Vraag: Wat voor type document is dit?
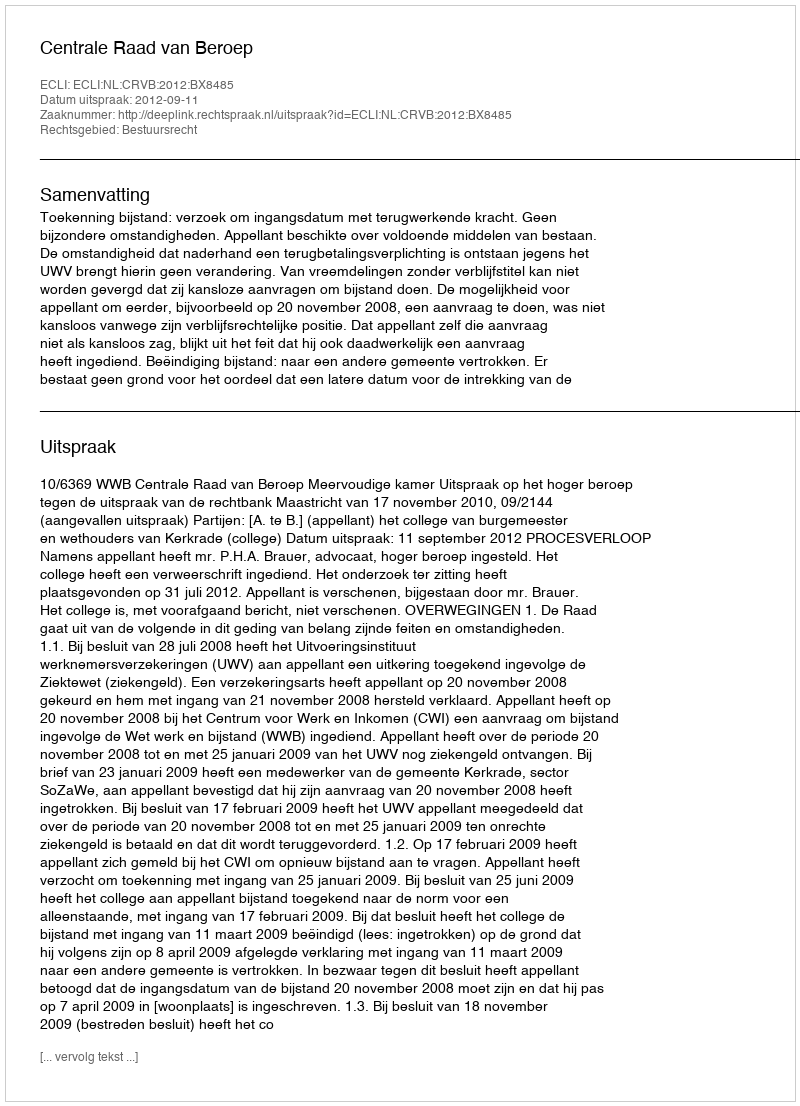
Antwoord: Uitspraak